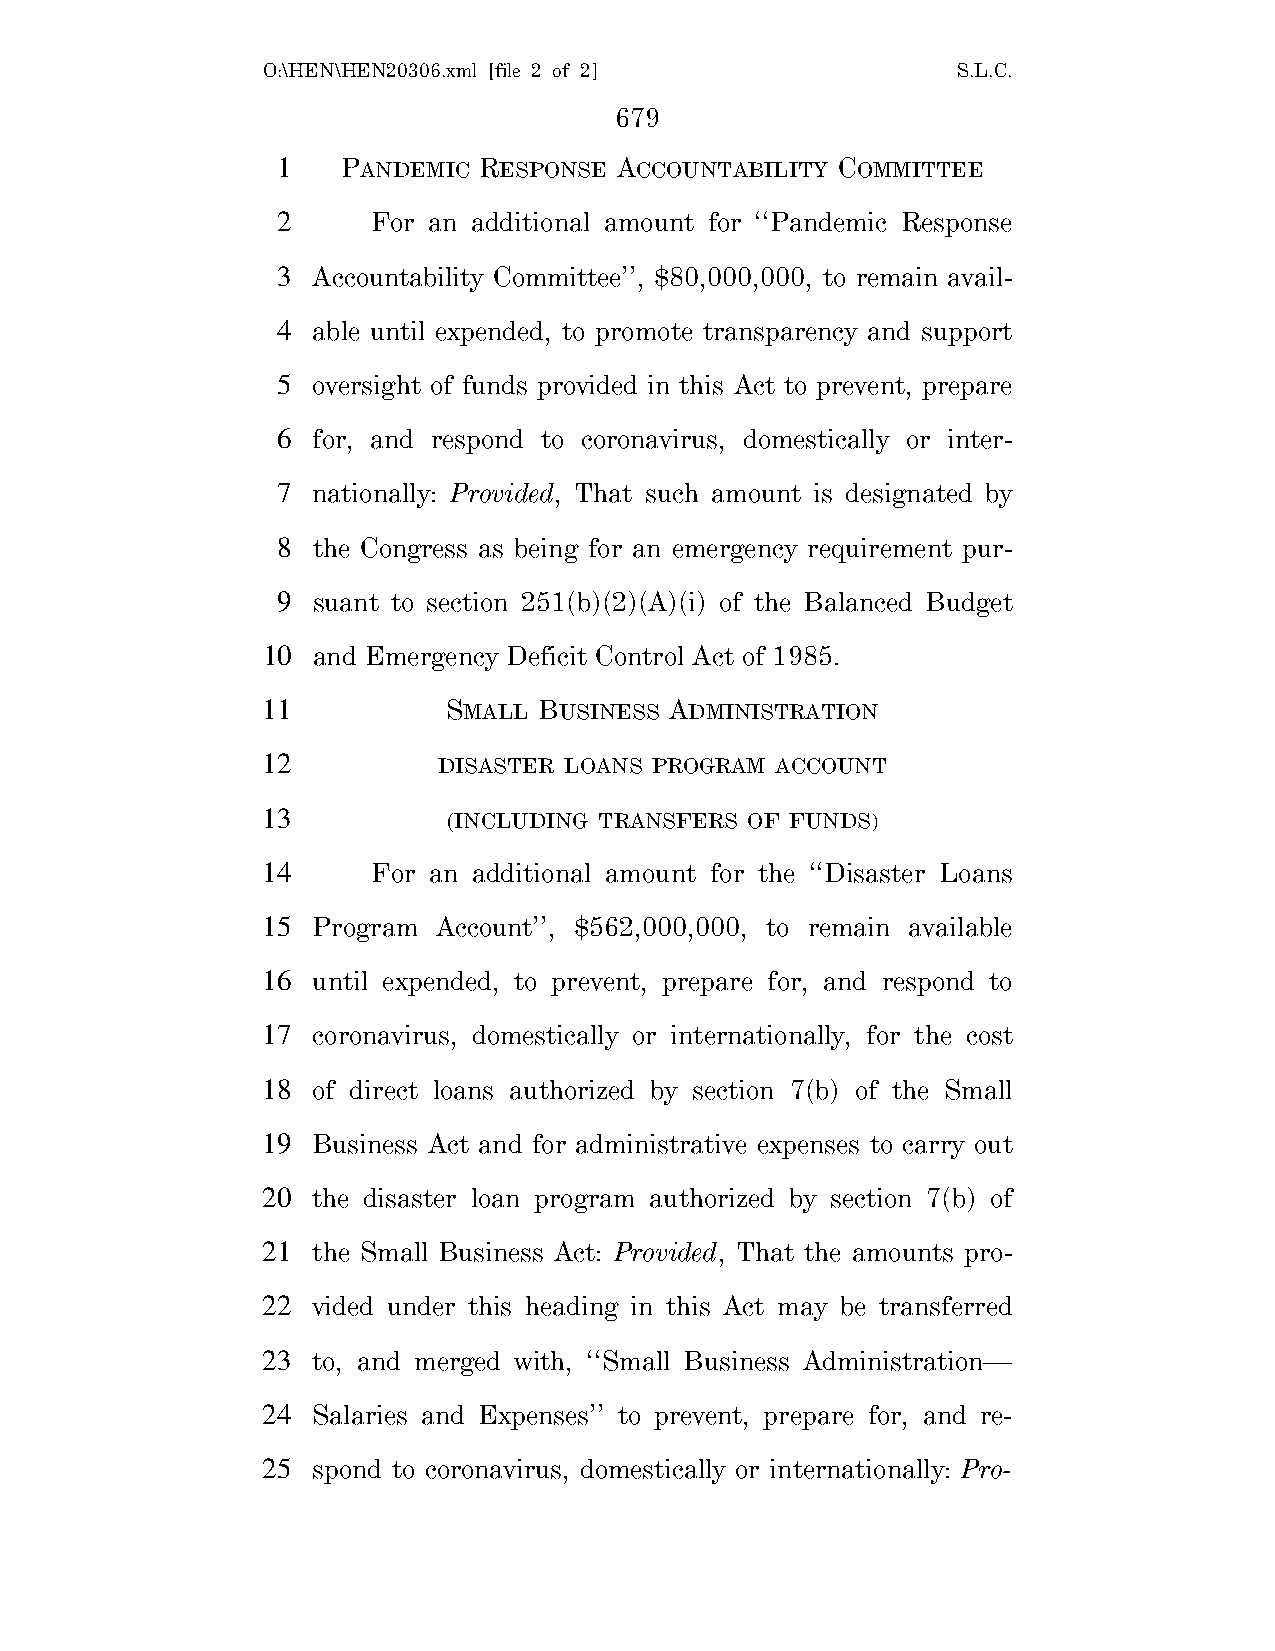
O:\HEN\HEN20306.xml [file 2 of 2]             S.L.C.
 679
 1    PANDEMIC RESPONSE ACCOUNTABILITY COMMITTEE
 2      For an additional amount for ‘‘Pandemic Response
 3  Accountability Committee’’, $80,000,000, to remain avail-
 4  able until expended, to promote transparency and support
 5  oversight of funds provided in this Act to prevent, prepare
 6  for, and respond to coronavirus, domestically or inter-
 7  nationally: Provided, That such amount is designated by
 8  the Congress as being for an emergency requirement pur-
 9  suant to section 251(b)(2)(A)(i) of the Balanced Budget
 10  and Emergency Deficit Control Act of 1985.
 11           SMALL BUSINESS ADMINISTRATION
 12          DISASTER LOANS PROGRAM ACCOUNT
 13           (INCLUDING TRANSFERS OF FUNDS)
 14      For an additional amount for the ‘‘Disaster Loans
 15  Program Account’’, $562,000,000, to remain available
 16  until expended, to prevent, prepare for, and respond to
 17  coronavirus, domestically or internationally, for the cost
 18  of direct loans authorized by section 7(b) of the Small
 19  Business Act and for administrative expenses to carry out
 20  the disaster loan program authorized by section 7(b) of
 21  the Small Business Act: Provided, That the amounts pro-
 22  vided under this heading in this Act may be transferred
 23  to, and merged with, ‘‘Small Business Administration—
 24  Salaries and Expenses’’ to prevent, prepare for, and re-
 25  spond to coronavirus, domestically or internationally: Pro-